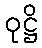
ဝုဋ္ဌိ